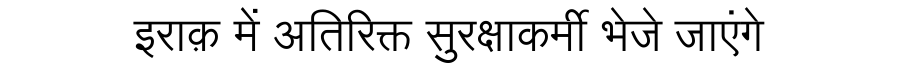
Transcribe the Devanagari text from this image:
इराक़ में अतिरिक्त सुरक्षाकर्मी भेजे जाएंगे